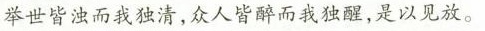
举世皆浊而我独清，众人皆醉而我独醒，是以见放。